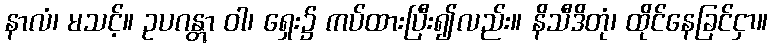
နာလံ၊ မသင့်။ ဥပဂန္တွာ ဝါ၊ ရှေး၌ ကပ်ထားပြီး၍လည်း။ နိသီဒိတုံ၊ ထိုင်နေခြင်ငှာ။